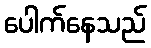
ပေါက်နေသည်